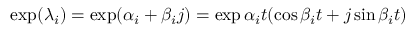
\exp ( { \lambda _ { i } } ) = \exp ( { \alpha _ { i } + \beta _ { i } j } ) = \exp { \alpha _ { i } t } ( \cos { \beta _ { i } t } + j \sin { \beta _ { i } t } )